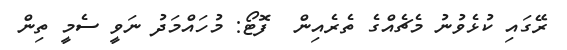
ރޭގައި ކުޅެވުނު މެޗެއްގެ ތެރެއިން  ފޮޓޯ: މުހައްމަދު ނަވީ ސެމީ ތިން